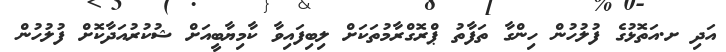
އަދި ށ.އަތޮޅުގެ ފުލުހުން ހިންގާ ތަފާތު ޕްރޮގްރާމުތަކަަށް ލިބިފައިވާ ކާމިޔާބީއަށް ޝުކުރުއަދާކޮށް ފުލުހުން